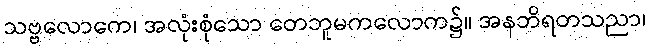
သဗ္ဗလောကေ၊ အလုံးစုံသော တေဘူမကလောက၌။ အနဘိရတသညာ၊